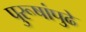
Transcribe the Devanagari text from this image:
पुरूषांपुढे